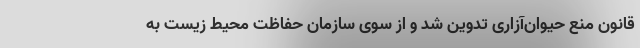
قانون منع حیوان‌آزاری تدوین شد و از سوی سازمان حفاظت محیط زیست به